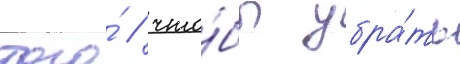
того́ / что́бы убра́ть